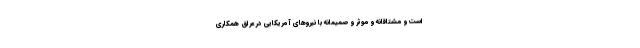
است و مشتاقانه و موثر و صمیمانه با نیروهای آمریکایی در عراق همکاری